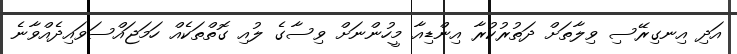
އަދި އިނގިރޭސި ވިލާތަށް ދަތުރުކުރާ އިންޑިއާ މީހުންނަށް ވިސާގެ ލުއި ގޮތްތަކެއް ހަމަޖައްސަވައިދެއްވާނެ